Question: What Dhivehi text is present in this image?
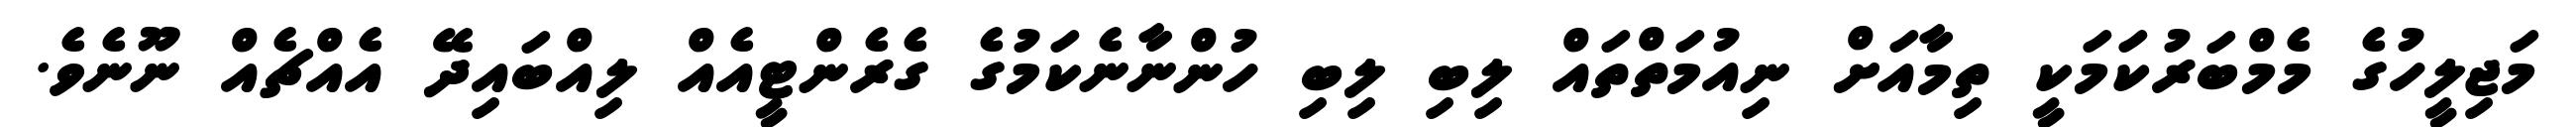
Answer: މަޖިލީހުގެ މެމްބަރުކަމަކީ ތިމާއަށް ނިއުމަތްތައް ލިބި ލިބި ހުންނާނެކަމުގެ ގެރެންޓީއެއް ލިއްބައިދޭ އެއްޗެއް ނޫނެވެ.